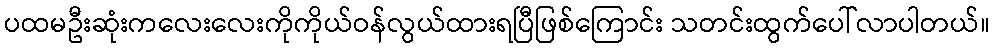
ပထမဦးဆုံးကလေးလေးကိုကိုယ်ဝန်လွယ်ထားရပြီဖြစ်ကြောင်း သတင်းထွက်ပေါ်လာပါတယ်။